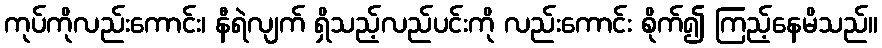
ကုပ်ကိုလည်းကောင်း၊ နီရဲလျက် ရှိသည့်လည်ပင်းကို လည်းကောင်း စိုက်၍ ကြည့်နေမိသည်။